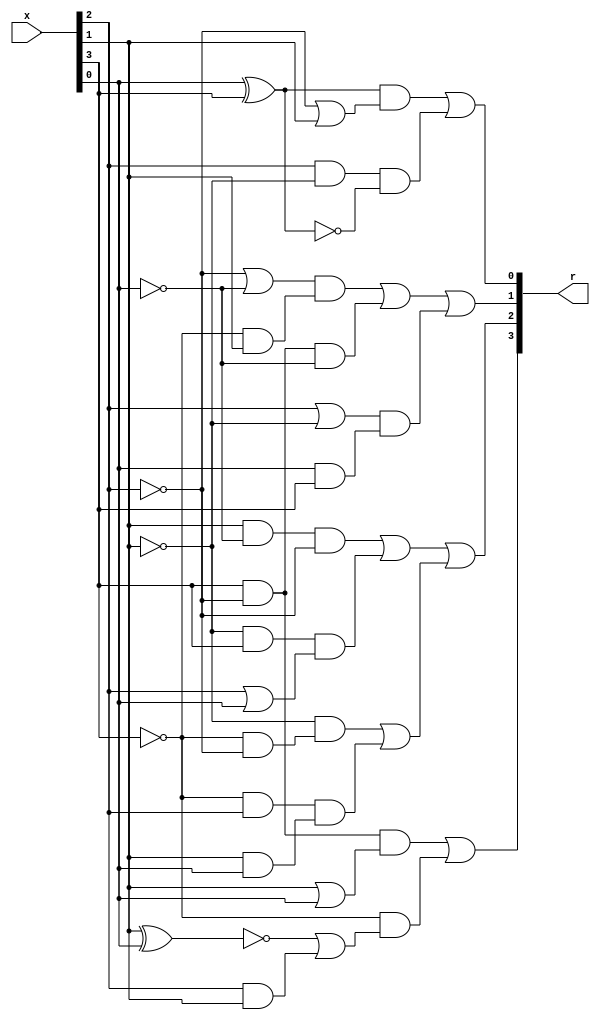
// A substitution box, implementing the PRESENT block cipher.
module sbox( output wire [ 3 : 0 ] r,
             input  wire [ 3 : 0 ] x );

   wire 			   a [ 8 : 0 ];

   // A'
   not ta0( a[0], x[3] );
   xnor ta1( a[1], x[1], x[0] );
   and ta2( a[2], x[2], x[1] );
   or ta3( a[3], a[1], a[2] );
   and ta4( a[4], a[0], a[3] );

   not ta5( a[5], x[2] );
   or ta6( a[6], x[1], x[0] );
   and ta7( a[7], x[3], a[5] );
   and ta8( a[8], a[7], a[6] );

   or ta9( r[3], a[8], a[4] );

   wire 			   b [ 14 : 0 ];

   // B'
   not tb0( b[0], x[2] );
   not tb1( b[1], x[1] );
   not tb2( b[2], x[0] );

   and tb3( b[3], a[0], b[0] );
   and tb4( b[4], b[1], b[3] );

   and tb5( b[5], a[0], x[2] );
   and tb6( b[6], x[1], x[0] );
   and tb7( b[7], b[5], b[6] );

   and tb8( b[8], x[1], b[2] );
   and tb9( b[9], b[8], b[0] );

   and tb10( b[10], b[1], x[3] );
   or tb11( b[11], x[2], x[0] );
   and tb12( b[12], b[10], b[11] );
   
   or tb13( b[13], b[4], b[7] );
   or tb14( b[14], b[9], b[12] );
   or tb15( r[2], b[14], b[13] );

   wire 			   c [ 8 : 0 ];
   
   // C'
   or tc0( c[0], b[0], b[2] );
   and tc1( c[1], a[0], x[1] );
   and tc2( c[2], c[0], c[1] );

   and tc3( c[3], x[3], b[0] );
   and tc4( c[4], c[3], b[2] );

   or tc5( c[5], x[2], b[1] );
   and tc6( c[6], x[0], x[3] );
   and tc7( c[7], c[5], c[6] );

   or tc8( c[8], c[2], c[4] );
   or tc9( r[1], c[8], c[7] );

   wire 			   d [ 5 : 0 ];

   // D'
   xor td0( d[0], x[0], x[3] );
   or td1( d[1], b[0], x[1] );
   and td2( d[2], d[0], d[1] );

   and td3( d[3], x[2], b[1] );
   xnor td4( d[4], x[0], x[3] );
   and td5( d[5], d[3], d[4] );

   or td9( r[0], d[2], d[5] );

endmodule //sbox